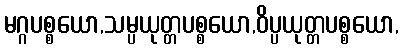
မဂ္ဂပစ္စယော,သမ္ပယုတ္တပစ္စယော,ဝိပ္ပယုတ္တပစ္စယော,